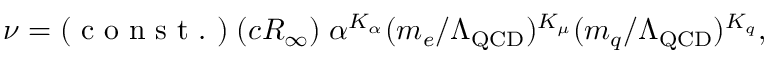
\begin{array} { r } { \nu = ( \mathrm { ~ c ~ o ~ n ~ s ~ t ~ . ~ } ) \; ( c R _ { \infty } ) \; \alpha ^ { K _ { \alpha } } ( m _ { e } / \Lambda _ { \mathrm { Q C D } } ) ^ { K _ { \mu } } ( m _ { q } / \Lambda _ { \mathrm { Q C D } } ) ^ { K _ { q } } , } \end{array}